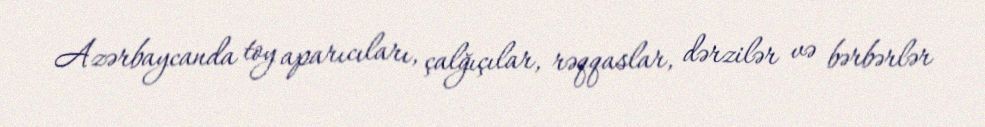
Azərbaycanda toy aparıcıları, çalğıçılar, rəqqaslar, dərzilər və bərbərlər